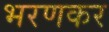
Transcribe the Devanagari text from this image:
भरणकर